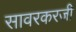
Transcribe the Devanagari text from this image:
सावरकरजी